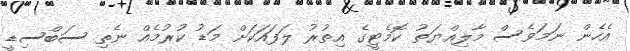
އެހެން ނަމަވެސް މާލިއްޔަތު ކޮމެޓީގެ އިތުރު ލަފައަކަށް މަޑު ކުރުމެއް ނެތި ސަބްސިޑީ